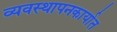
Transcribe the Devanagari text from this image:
व्यवस्थापनकार्यात